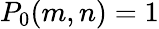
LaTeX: P_{0}(m,n)=1